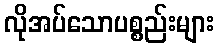
လိုအပ်သောပစ္စည်းများ